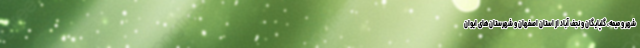
شهر و میمه، گلپایگان و نجف آباد از استان اصفهان و شهرستان‌های ایوان